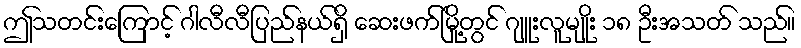
ဤသတင်းကြောင့် ဂါလီလီပြည်နယ်ရှိ ဆေးဖက်မြို့တွင် ဂျူးလူမျိုး ၁၈ ဦးအသတ် သည်။